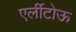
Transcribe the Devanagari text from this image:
एर्लीटोऊ